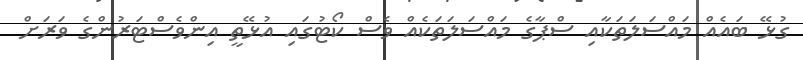
ގުޅޭ ބައެއް މައްސަލަތަކާއި ސްޕާގެ މައްސަލަތަކެއް ވެސް ކޯޓުގައި އުޅޭތީ އިންވެސްޓަރުންގެ ވަރަށް